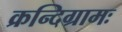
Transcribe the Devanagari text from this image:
क्रन्दिग्रामः